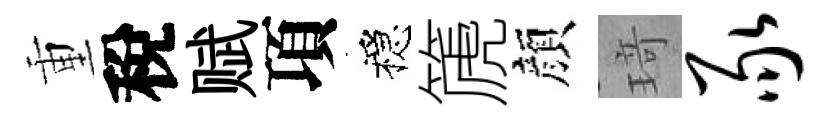
重稅赋項穩篪顔𤦺豕